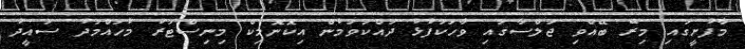
މާފުށީގައި މިރޭ ބޭއްވި ޖަލްސާގައި ވާހަކަފުޅު ދައްކަވަމުން އިކޮނޮމިކް މިނިސްޓަރު މުހައްމަދު ސައީދު